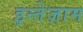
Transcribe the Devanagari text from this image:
इन्तेज़ाम